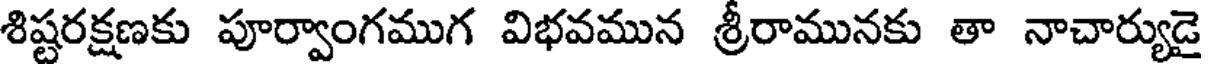
శిష్టరక్షణకు పూర్వాంగముగ విభవమున శ్రీరామునకు తా నాచార్యుడై